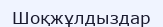
Шоқжұлдыздар